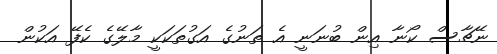
ނޭޗާސް ކޯނާ އިން ބުނަނީ އެ ތަނުގެ އަގުތަކަކީ މާލޭގެ ކެފޭ އަކުން